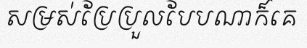
សម្រស់ប្រែប្រួលបែបណាក៏គេ